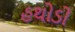
હથોડો